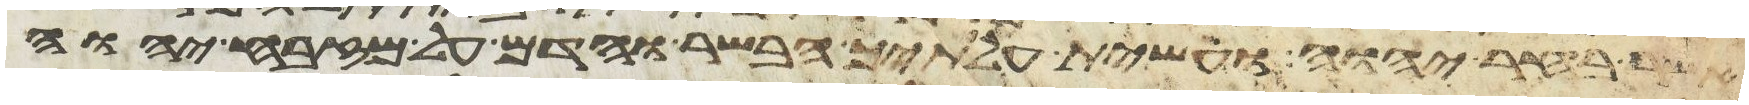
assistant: אשר בחר יהוה ועשית עלתיך הבשר והדם על מזבח יהוה